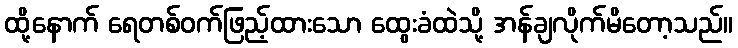
ထို့နောက် ရေတစ်ဝက်ဖြည့်ထားသော ထွေးခံထဲသို့ အန်ချလိုက်မိတော့သည်။